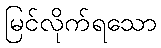
မြင်လိုက်ရသော